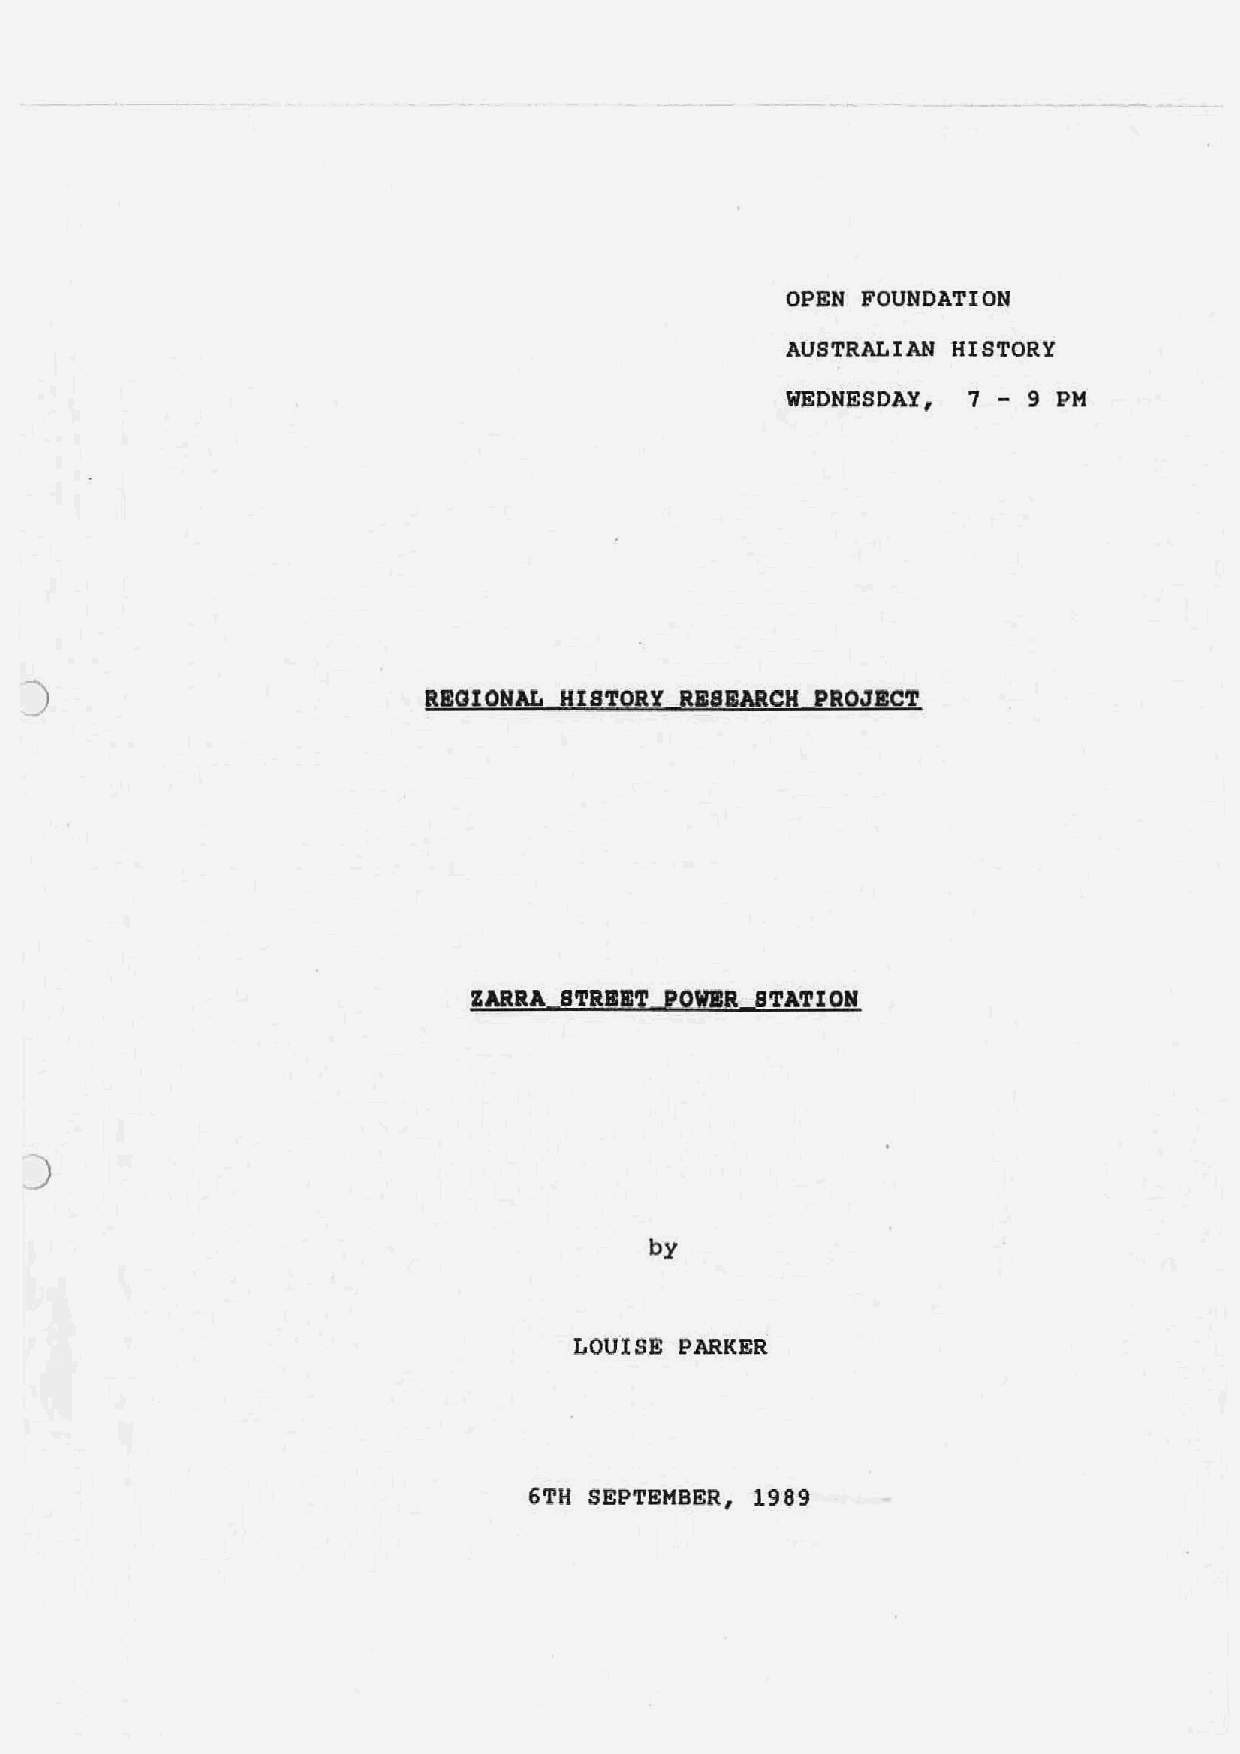
OPEN FOUNDATION
 AUSTRALIAN HISTORY
 WEDNESDAY,  7 - 9 PM
 )                         REGIONAL HISTORY RISBARCH PROJECT
 ZARRA STRBBT POWIR STATION
 ..)
 by
 LOUISE PARKER
 6TH SEPTEMBER, 1989